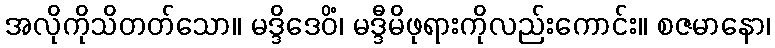
အလိုကိုသိတတ်သော။ မဒ္ဒိဒေဝိံ၊ မဒ္ဒီမိဖုရားကိုလည်းကောင်း။ စဇမာနော၊